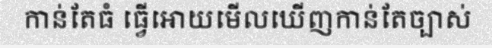
កាន់តែធំ ធ្វើអោយមើលឃើញកាន់តែច្បាស់